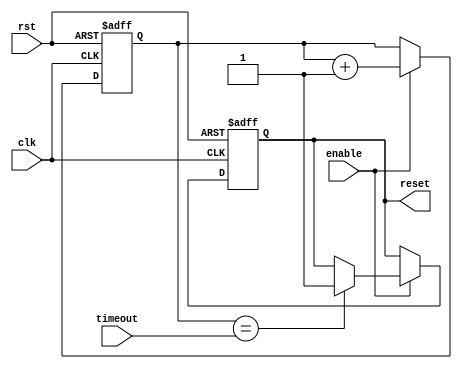
module watchdog_timer (
    input wire clk,        // Clock input
    input wire rst,        // Reset input
    input wire enable,     // Enable signal input
    input wire timeout,    // Timeout value input
    output reg reset       // Reset signal output
);

reg [31:0] count;         // Counter to keep track of time

always @ (posedge clk or posedge rst) begin
    if (rst) begin
        count <= 0;
        reset <= 0;
    end else begin
        if (enable) begin
            count <= count + 1;
            if (count == timeout) begin
                reset <= 1;              // Trigger system reset signal
            end
        end
    end
end

endmodule